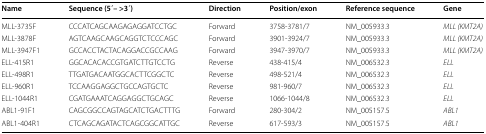
<table><thead><tr><td><b>Name</b></td><td><b>Sequence (5 ́– &gt;3 ́)</b></td><td><b>Direction</b></td><td><b>Position/exon</b></td><td><b>Reference sequence</b></td><td><b>Gene</b></td></tr></thead><tbody><tr><td>MLL-3735F</td><td>CCCATCAGCAAGAGAGGATCCTGC</td><td>Forward</td><td>3758-3781/7</td><td>NM_005933.3</td><td><i>MLL (KMT2A)</i></td></tr><tr><td>MLL-3878F</td><td>AGTCAAGCAAGCAGGTCTCCCAGC</td><td>Forward</td><td>3901-3924/7</td><td>NM_005933.3</td><td><i>MLL (KMT2A)</i></td></tr><tr><td>MLL-3947F1</td><td>GCCACCTACTACAGGACCGCCAAG</td><td>Forward</td><td>3947-3970/7</td><td>NM_005933.3</td><td><i>MLL (KMT2A)</i></td></tr><tr><td>ELL-415R1</td><td>GGCACACACCGTGATCTTGTCCTG</td><td>Reverse</td><td>438-415/4</td><td>NM_006532.3</td><td><i>ELL</i></td></tr><tr><td>ELL-498R1</td><td>TTGATGACAATGGCACTTCGGCTC</td><td>Reverse</td><td>498-521/4</td><td>NM_006532.3</td><td><i>ELL</i></td></tr><tr><td>ELL-960R1</td><td>TCCAAGGAGGCTGCCAGTGCTC</td><td>Reverse</td><td>981-960/7</td><td>NM_006532.3</td><td><i>ELL</i></td></tr><tr><td>ELL-1044R1</td><td>CGATGAAATCAGGAGGCTGCAGC</td><td>Reverse</td><td>1066-1044/8</td><td>NM_006532.3</td><td><i>ELL</i></td></tr><tr><td>ABL1-91F1</td><td>CAGCGGCCAGTAGCATCTGACTTTG</td><td>Forward</td><td>280-304/2</td><td>NM_005157.5</td><td><i>ABL1</i></td></tr><tr><td>ABL1-404R1</td><td>CTCAGCAGATACTCAGCGGCATTGC</td><td>Reverse</td><td>617-593/3</td><td>NM_005157.5</td><td><i>ABL1</i></td></tr></tbody></table>